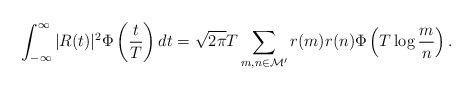
LaTeX: \begin{align*}\int_{-\infty}^{\infty} |R(t)|^{2}\Phi\left( \frac{t}{T} \right)dt = \sqrt{2\pi}T\sum_{m,n\in\mathcal{M}'}r(m)r(n)\Phi\left( T\log{\frac{m}{n}} \right). \end{align*}